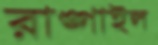
রাঙ্গাইল